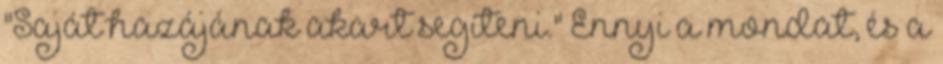
"Saját hazájának akart segíteni." Ennyi a mondat, és a